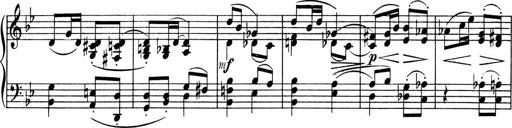
Title: 3 Sonatinen fÃ¼r Pianoforte
Composer: Fritz von Bose